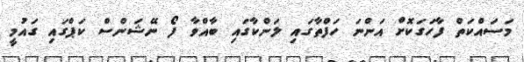
މަސައްކަތް ފާހަގަކޮށް އަންނަ ހަފްތާގައި ލަންކާގައި ބާއްވާ ފޯ ނޭޝަންސް ކަޕްގައި ގައުމީ